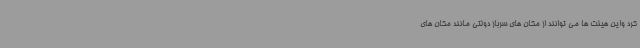
کرد واین هیئت ها می توانند از مکان های سرباز دولتی مانند مکان های